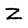
Character: Z